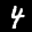
Label: 4